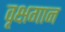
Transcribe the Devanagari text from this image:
वृक्षगान